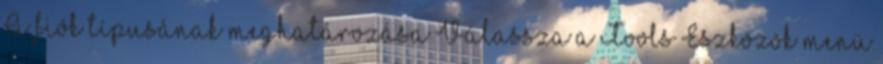
A fiók típusának meghatározása Válassza a Tools Eszközök menü